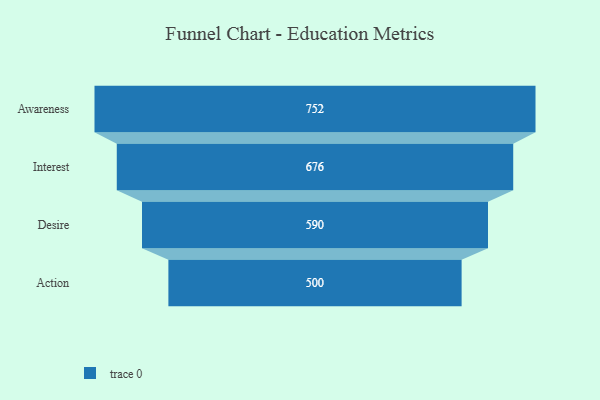
{"axis": {"x": "Stage", "y": "Value"}, "legend": [""], "data": [{"x": "Awareness", "y": 752.0, "type": ""}, {"x": "Interest", "y": 676.0, "type": ""}, {"x": "Desire", "y": 590.0, "type": ""}, {"x": "Action", "y": 500, "type": ""}]}